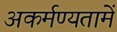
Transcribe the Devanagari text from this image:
अकर्मण्यतामें